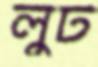
লুট